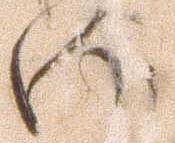
向